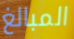
المبالغ